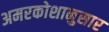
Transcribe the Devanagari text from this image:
अमरकोशानुसार